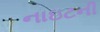
નાઇટની